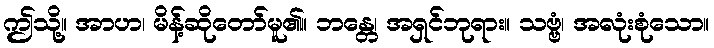
ဤသို့။ အာဟ၊ မိန့်ဆိုတော်မူ၏။ ဘန္တေ၊ အရှင်ဘုရား။ သဗ္ဗံ၊ အလုံးစုံသော။